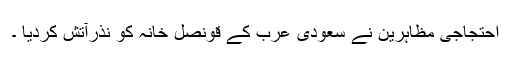
احتجاجی مظاہرین نے سعودی عرب کے قونصل خانہ کو نذرآتش کردیا ۔